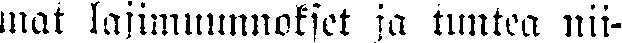
mat lajimuunnokset ja tuntea nii-